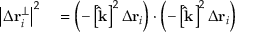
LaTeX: \begin{array} { r l } { \left| \Delta \mathbf { r } _ { i } ^ { \perp } \right| ^ { 2 } } & { { } = \left( - \left[ \mathbf { \hat { k } } \right] ^ { 2 } \Delta \mathbf { r } _ { i } \right) \cdot \left( - \left[ \mathbf { \hat { k } } \right] ^ { 2 } \Delta \mathbf { r } _ { i } \right) } \end{array}